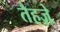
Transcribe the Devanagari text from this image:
तैहज़े